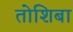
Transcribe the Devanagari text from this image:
तोशिबा